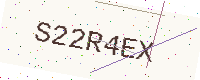
Text: S22R4EX